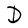
Character: D